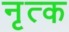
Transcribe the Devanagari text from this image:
नृत्क